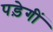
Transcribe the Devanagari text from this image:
पड़ेगीं